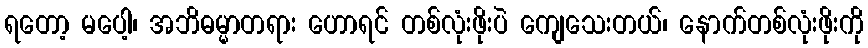
ရတော့ မပေါ့၊ အဘိဓမ္မာတရား ဟောရင် တစ်လုံးဖိုးပဲ ကျေသေးတယ်၊ နောက်တစ်လုံးဖိုးကို